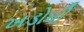
ખડોધી